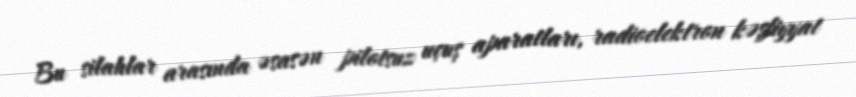
Bu silahlar arasında əsasən pilotsuz uçuş aparatları, radioelektron kəşfiyyat